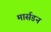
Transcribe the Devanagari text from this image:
मार्सडन